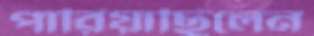
পারিয়াছিলেন